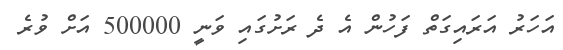
އަހަރު އަރަައިގަތް ފަހުން އެ ދެ ރަށުގައި ވަނީ 500000 އަށް ވުރެ